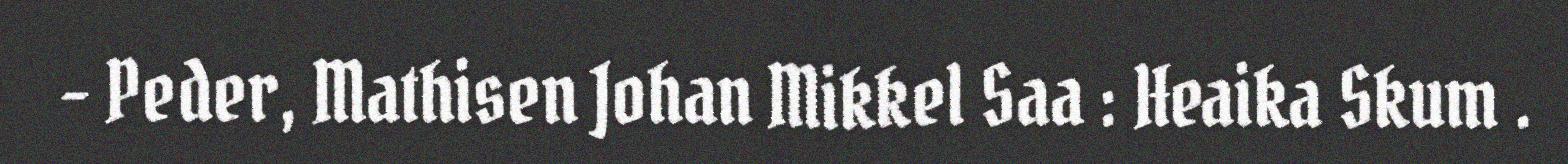
- Peder, Mathisen Johan Mikkel Saa : Heaika Skum .